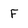
Character: F